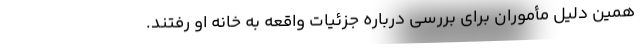
همین دلیل مأموران برای بررسی درباره جزئیات واقعه به خانه او رفتند.